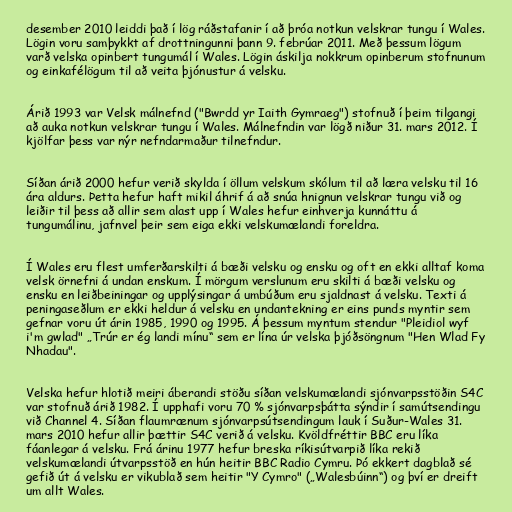
desember 2010 leiddi það í lög ráðstafanir í að þróa notkun velskrar tungu í Wales.
Lögin voru samþykkt af drottningunni þann 9. febrúar 2011. Með þessum lögum
varð velska opinbert tungumál í Wales. Lögin áskilja nokkrum opinberum stofnunum
og einkafélögum til að veita þjónustur á velsku.

Árið 1993 var Velsk málnefnd ("Bwrdd yr Iaith Gymraeg") stofnuð í þeim tilgangi
að auka notkun velskrar tungu í Wales. Málnefndin var lögð niður 31. mars 2012. Í
kjölfar þess var nýr nefndarmaður tilnefndur.

Síðan árið 2000 hefur verið skylda í öllum velskum skólum til að læra velsku til 16
ára aldurs. Þetta hefur haft mikil áhrif á að snúa hnignun velskrar tungu við og
leiðir til þess að allir sem alast upp í Wales hefur einhverja kunnáttu á
tungumálinu, jafnvel þeir sem eiga ekki velskumælandi foreldra.

Í Wales eru flest umferðarskilti á bæði velsku og ensku og oft en ekki alltaf koma
velsk örnefni á undan enskum. Í mörgum verslunum eru skilti á bæði velsku og
ensku en leiðbeiningar og upplýsingar á umbúðum eru sjaldnast á velsku. Texti á
peningaseðlum er ekki heldur á velsku en undantekning er eins punds myntir sem
gefnar voru út árin 1985, 1990 og 1995. Á þessum myntum stendur "Pleidiol wyf
i'm gwlad" „Trúr er ég landi mínu“ sem er lína úr velska þjóðsöngnum "Hen Wlad Fy
Nhadau".

Velska hefur hlotið meiri áberandi stöðu síðan velskumælandi sjónvarpsstöðin S4C
var stofnuð árið 1982. Í upphafi voru 70 % sjónvarpsþátta sýndir í samútsendingu
við Channel 4. Síðan flaumrænum sjónvarpsútsendingum lauk í Suður-Wales 31.
mars 2010 hefur allir þættir S4C verið á velsku. Kvöldfréttir BBC eru líka
fáanlegar á velsku. Frá árinu 1977 hefur breska ríkisútvarpið líka rekið
velskumælandi útvarpsstöð en hún heitir BBC Radio Cymru. Þó ekkert dagblað sé
gefið út á velsku er vikublað sem heitir "Y Cymro" („Walesbúinn“) og því er dreift
um allt Wales.